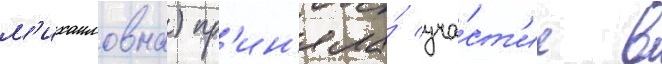
м'ихаиловна) пр'ин'яла́ уча́ст'ие в